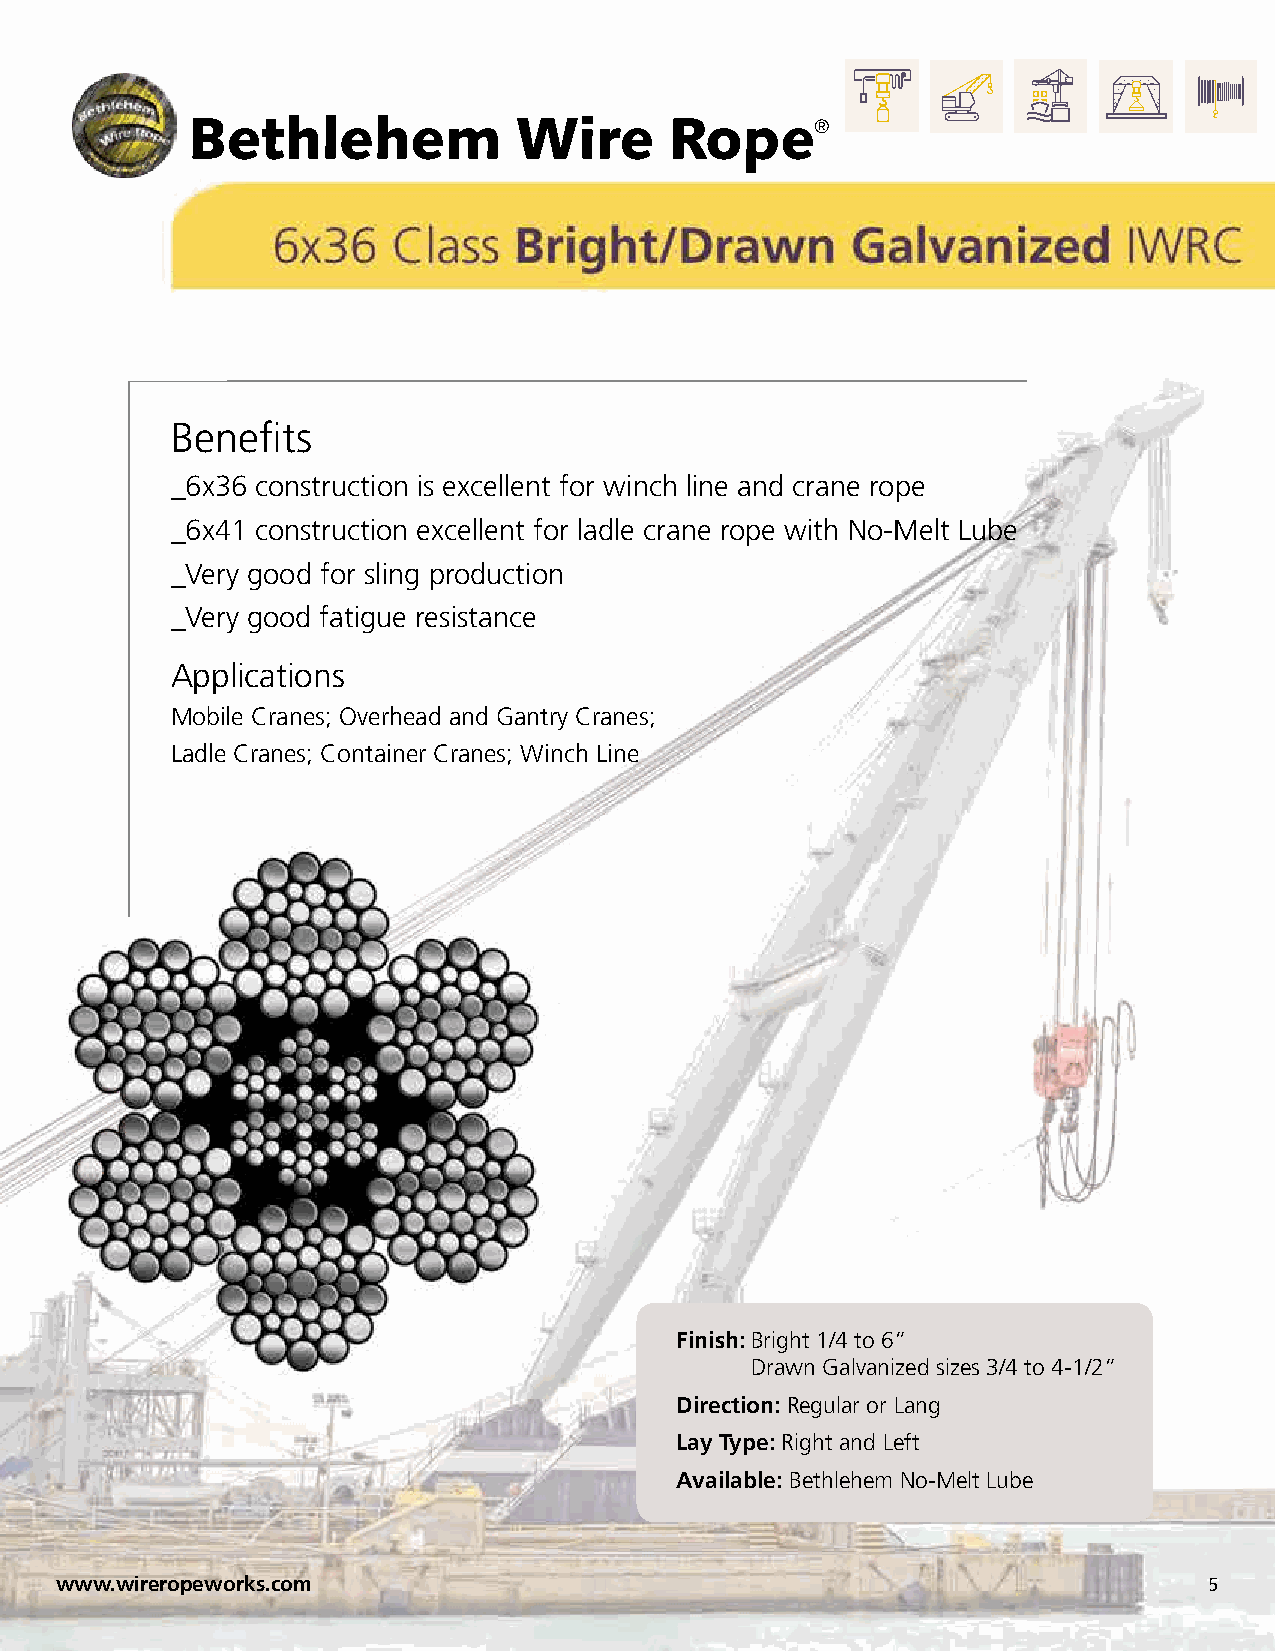
Bethlehem             Wire      Rope®
 Benefits
 _6x36 construction is excellent for winch line and crane rope
 _6x41 construction excellent for ladle crane rope with No-Melt Lube
 _Very good for sling production
 _Very good fatigue resistance
 Applications
 Mobile Cranes; Overhead and Gantry Cranes;
 Ladle Cranes; Container Cranes; Winch Line
 Finish: Bright 1/4 to 6”
 Drawn Galvanized sizes 3/4 to 4-1/2”
 Direction: Regular or Lang
 Lay Type: Right and Left
 Available: Bethlehem No-Melt Lube
 www.wireropeworks.com                                                       5